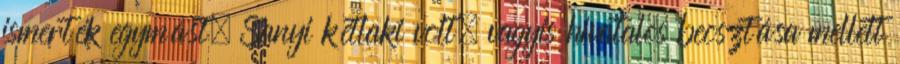
ismerték egymást. Sanyi kétlaki volt, vagyis hivatalos beosztása mellett